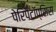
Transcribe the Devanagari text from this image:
पेरिपैटॉप्सिस